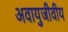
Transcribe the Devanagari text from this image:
अवायुजीवीय